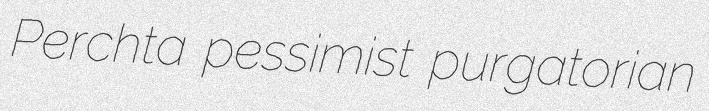
Perchta pessimist purgatorian